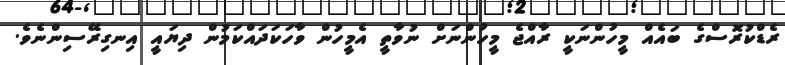
ރެޑްކުރޮސްގެ ބައެއް މީހުންނަކީ ރާއްޖެ މީހުންނަށް ނުވާތީ އެމީހުން ވާހަކަދައްކަމުން ދިޔައީ އިނގިރޭސިންނެވެ.